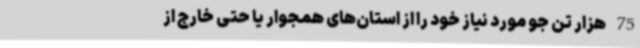
75 هزار تن جو مورد نیاز خود را از استان‌های همجوار یا حتی خارج از